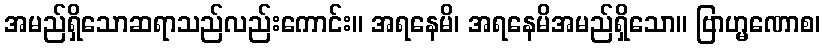
အမည်ရှိသောဆရာသည်လည်းကောင်း။ အရနေမိ၊ အရနေမိအမည်ရှိသော။ ဗြာဟ္မဏောစ၊